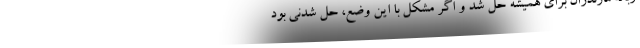
زباله مازندران برای همیشه حل شد و اگر مشکل با این وضع، حل شدنی بود